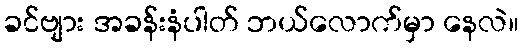
ခင်ဗျား အခန်းနံပါတ် ဘယ်လောက်မှာ နေလဲ။